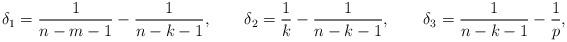
LaTeX: \begin{align*}\delta_1 = \frac{1}{n-m-1}-\frac{1}{n-k-1},\qquad\delta_2 =\frac{1}{k}-\frac{1}{n-k-1},\qquad\delta_3 = \frac{1}{n-k-1} - \frac{1}{p},\end{align*}